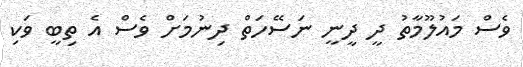
ވެސް މައުލޫމާތު ދީ ދީނީ ނަސޭހަތް ދިނުމަށް ވެސް އެ ތިބީ ވަކި